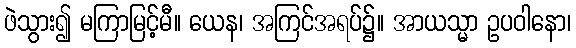
ဖဲသွား၍ မကြာမြင့်မီ။ ယေန၊ အကြင်အရပ်၌။ အာယသ္မာ ဥပဝါနော၊